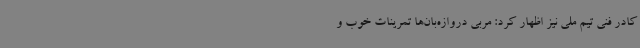
کادر فنی تیم ملی نیز اظهار کرد: مربی دروازه‌بان‌ها تمرینات خوب و